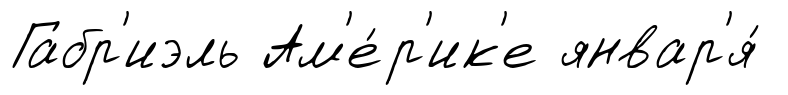
Габр'иэль Ам'е́р'ик'е январ'я́